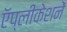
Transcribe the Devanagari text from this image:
ऍप्लीकेशनें